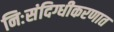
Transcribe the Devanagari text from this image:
निःसंदिग्धीकरणात